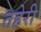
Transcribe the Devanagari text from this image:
तहेरी